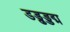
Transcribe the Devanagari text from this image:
डड्ढड्डद्म